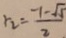
r _ { 2 } = \frac { - 1 - \sqrt { 5 } } { 2 }